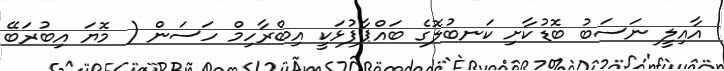
އާއިލީ ނަސަބު ބޮޑުކާށި ކަނބުލޮގެ ބައްޕާފުޅަކީ އިބްރާހިމް ހަސަން ( މޮޔަ އިބުރަބޭ